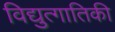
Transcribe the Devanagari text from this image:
विद्युत्गातिकी